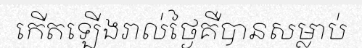
កើតឡើងរាល់ថ្ងៃគឺបានសម្លាប់